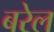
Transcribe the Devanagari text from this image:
बरेल